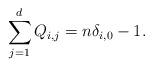
LaTeX: \begin{align*}\sum_{j=1}^d Q_{i,j}=n\delta_{i,0}-1.\end{align*}